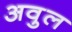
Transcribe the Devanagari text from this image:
अवुल